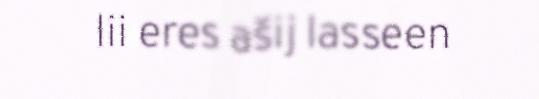
lii eres ašij lasseen